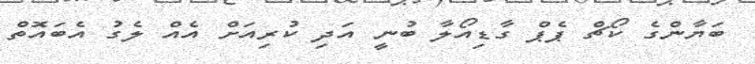
ބަޔާންގެ ކޯޗް ޕެޕް ގާޑިއޯލާ ބުނީ އަދި ކުރިއަށް އެއް ލެގު އެބައޮތް